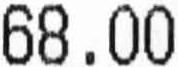
68.00